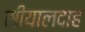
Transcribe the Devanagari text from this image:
सीयालदाह